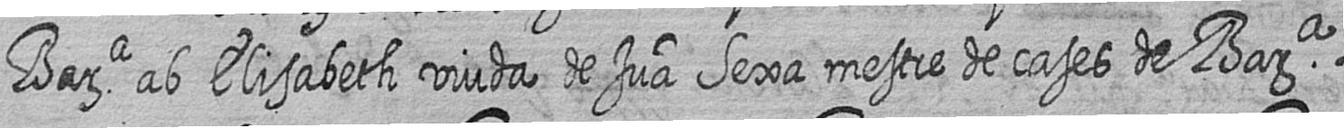
Bara ab Elisabeth viuda de Jua Sexa mestre de cases de Bara